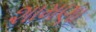
શામણા